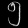
Digit: ၅